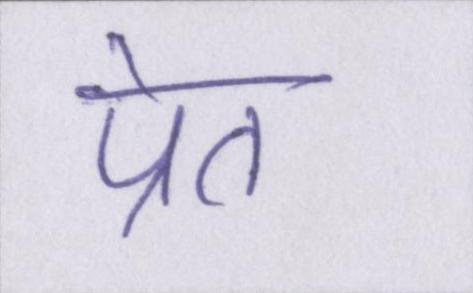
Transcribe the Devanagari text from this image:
प्रेत